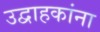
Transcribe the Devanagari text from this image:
उद्वाहकांना